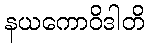
နယကောဝိဒါတိ